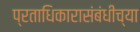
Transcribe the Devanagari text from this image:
प्रताधिकारासंबंधीच्या